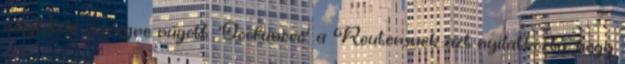
megfelelő összegre rúgott. 'Ooofunooo' a Reutersnek azt nyilatkozta, hogy